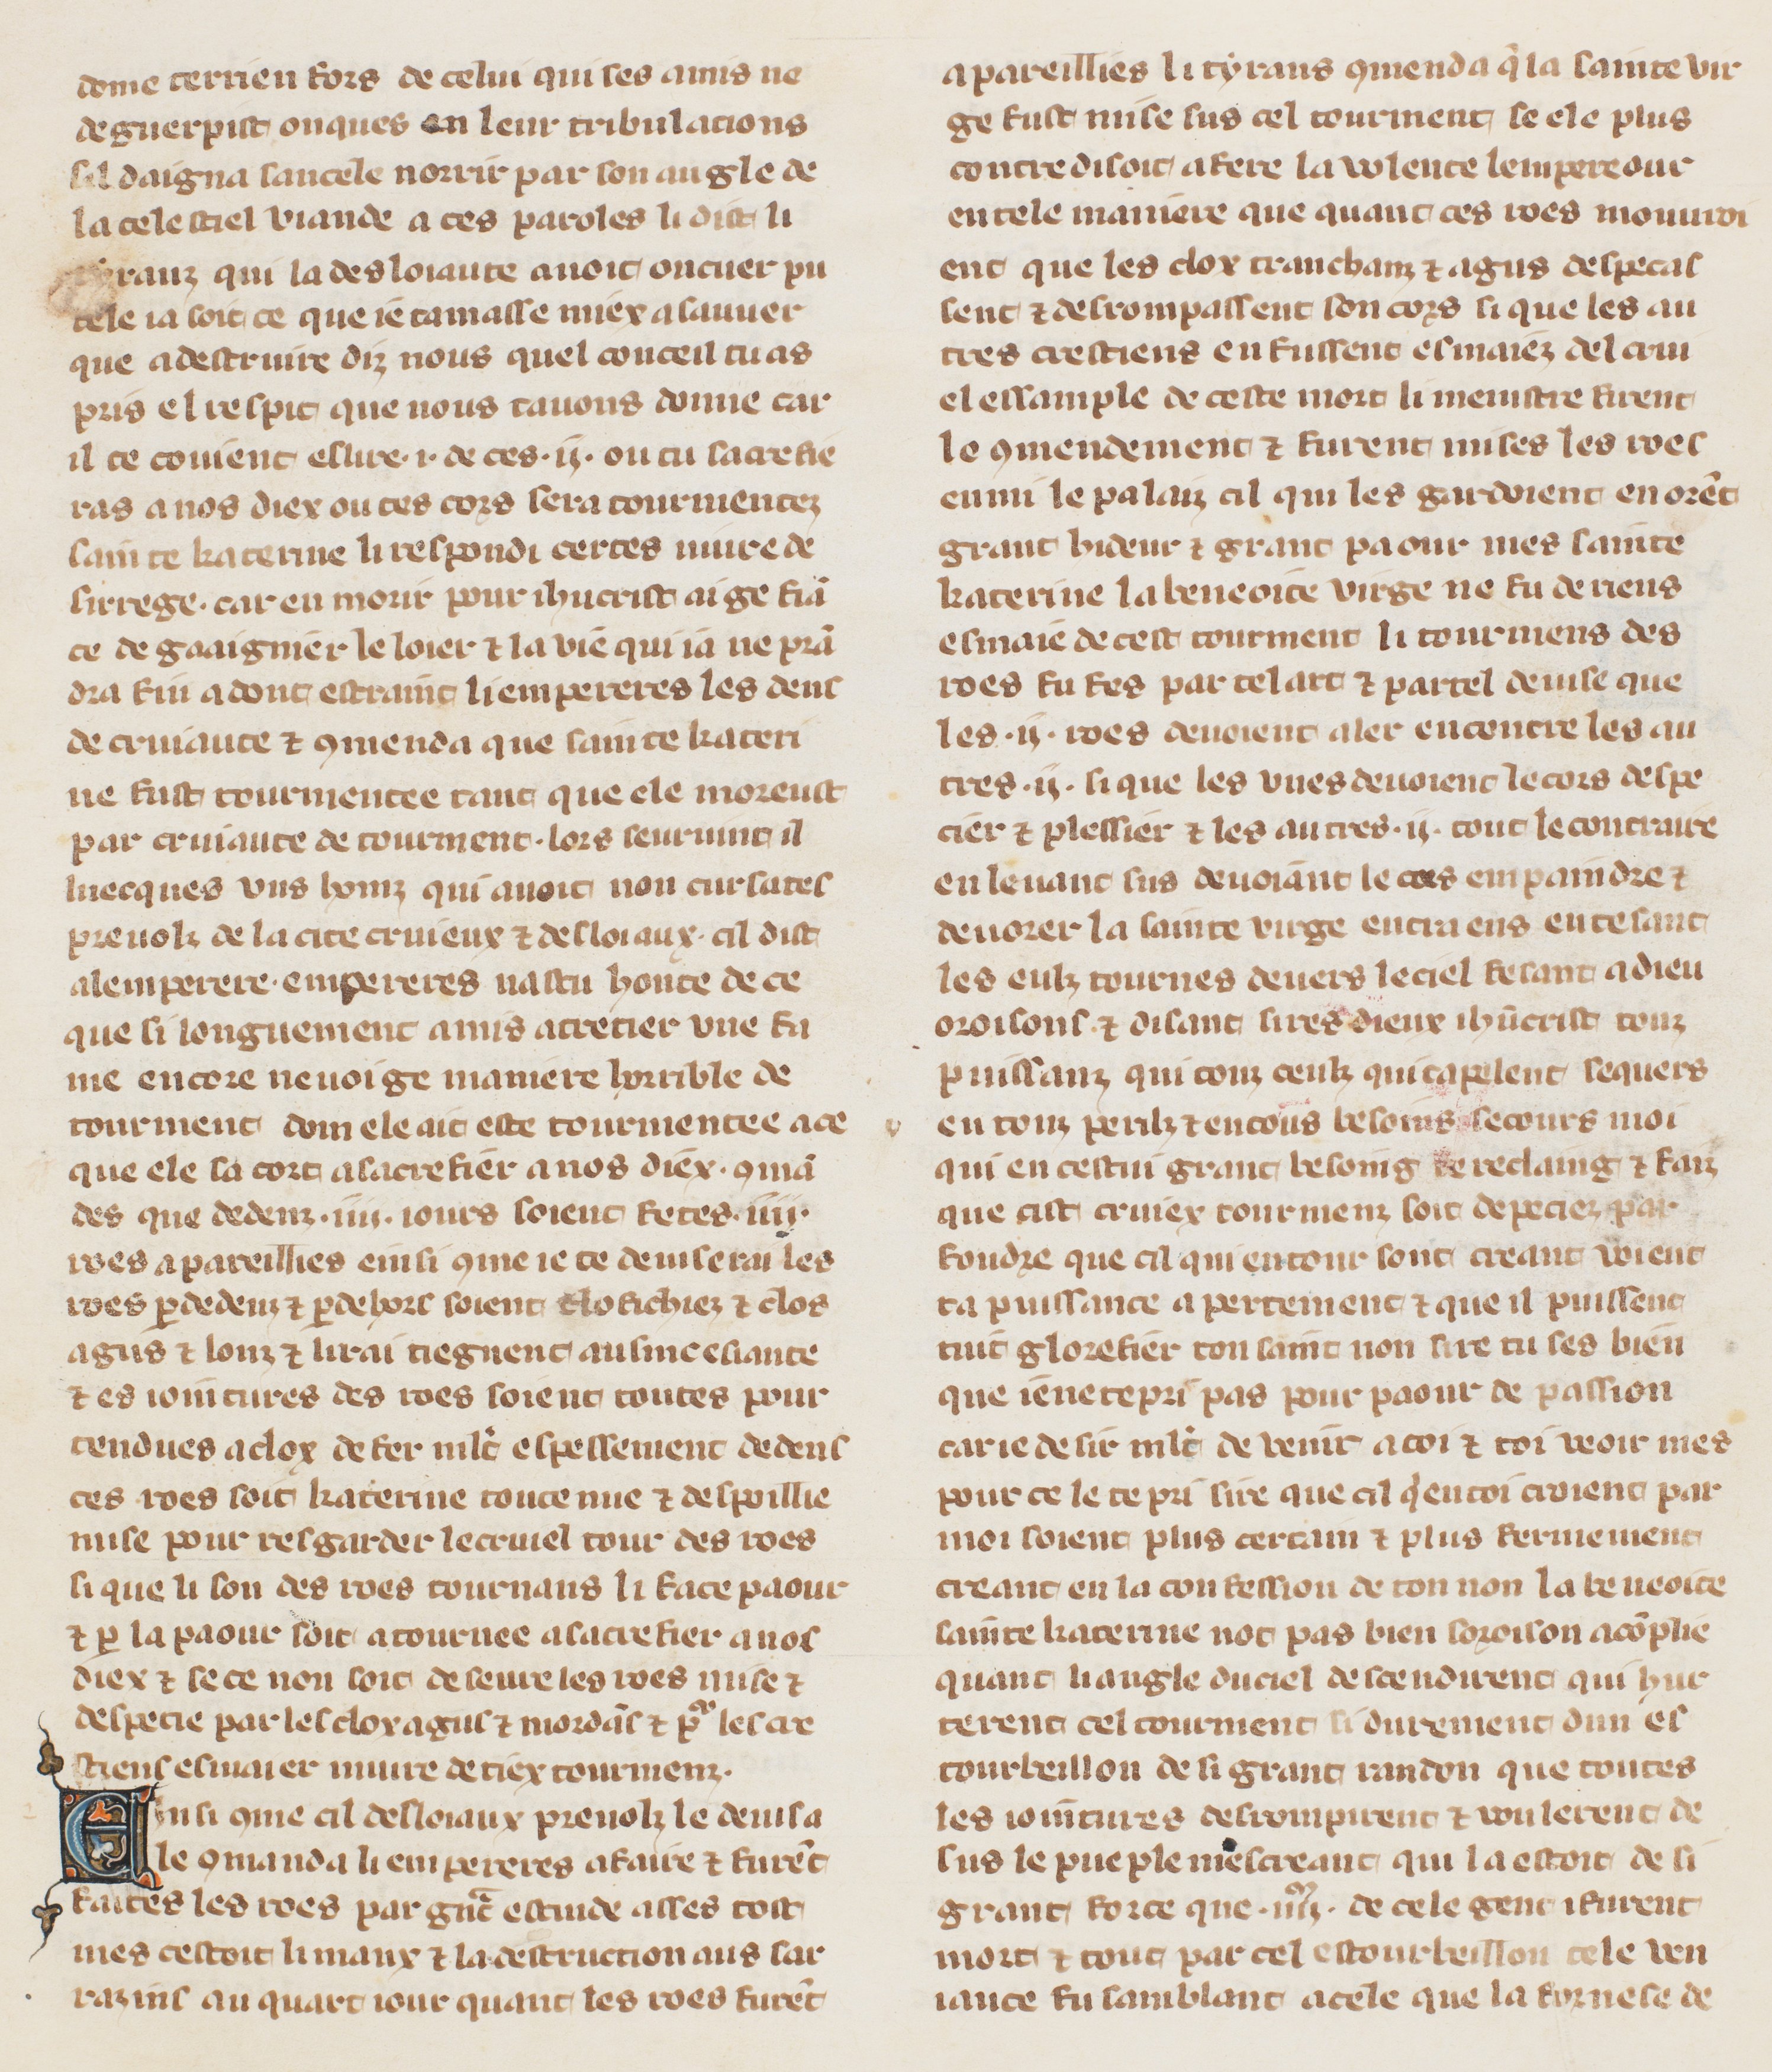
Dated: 1305–1335